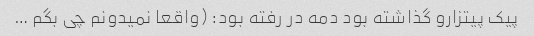
پیک پیتزارو گذاشته بود دمه در رفته بود: (واقعا نمیدونم چی بگم …